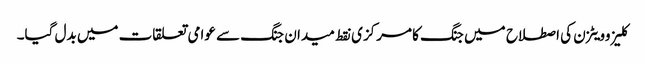
کلیزوویٹزن کی اصطلاح میں جنگ کا مرکزی نقط میدان جنگ سے عوامی تعلقات میں بدل گیا۔